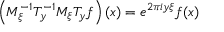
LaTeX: \left( M _ { \xi } ^ { - 1 } T _ { y } ^ { - 1 } M _ { \xi } T _ { y } f \right) ( x ) = e ^ { 2 \pi i y \xi } f ( x )